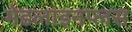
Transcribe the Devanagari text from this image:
मेडलाइनप्लस